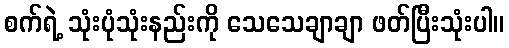
စက်ရဲ့ သုံးပုံသုံးနည်းကို သေသေချာချာ ဖတ်ပြီးသုံးပါ။